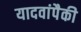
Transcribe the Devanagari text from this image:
यादवांपैकी